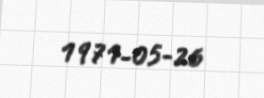
1971-05-26